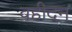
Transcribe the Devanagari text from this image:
वहीदन